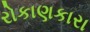
રોકાણકારા